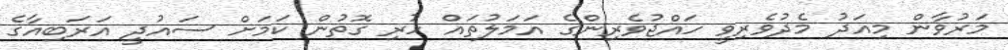
މަރުވާން މިއަދު މެދުވެރިވީ ހައްޖުވެރިންގެ އަމަލުތައް ހުރި ގޮތުން ކަމަށް ސައުދީ އަރަބިއާގެ